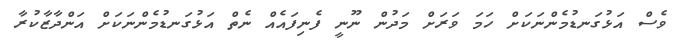
ވެސް އަޅުގަނޑުމެންނަކަށް ހަމަ ވަރަށް މަދުން ނޫނީ ފެނިފައެއް ނެތް އަޅުގަނޑުމެންނަކަށް އަންދާޒާކުރާ